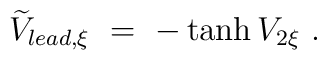
\widetilde V_{lead,\xi}\ =\ -\tanh V_{2\xi}\ .